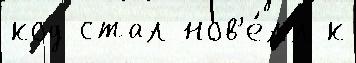
код стал нов'е́лл к